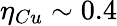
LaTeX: \eta_{Cu}\sim 0.4